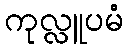
ကုလ္လူပမံ